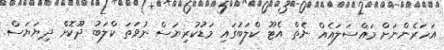
އަހަރެންނަށް މައްސަލައެއް ނެތް އެޓޫ ކްލަބުގައި މަޑުކުރިޔަސް ނުވަތަ ކްލަބު ދޫކޮށް ދިޔަޔަސް.